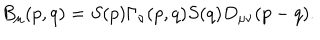
B _ { \mu } ( p , q ) = S ( p ) \Gamma _ { \nu } ( p , q ) S ( q ) D _ { \mu \nu } ( p - q ) .